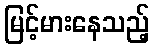
မြင့်မားနေသည့်